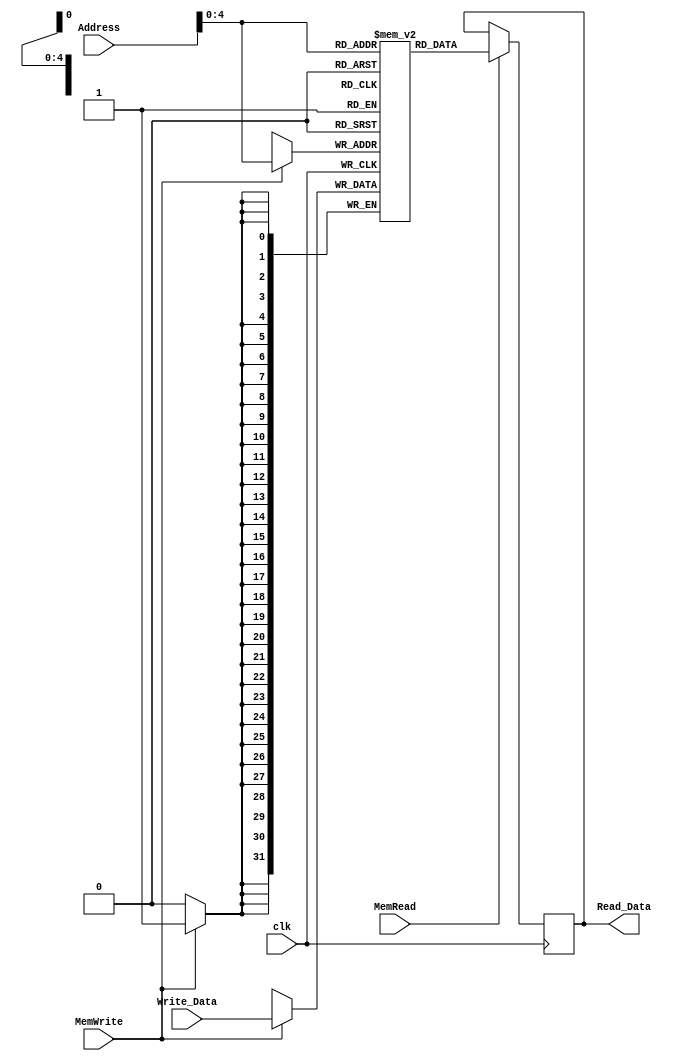
`timescale 1ns / 1ps
//////////////////////////////////////////////////////////////////////////////////
// Company: 
// Engineer: 
// 
// Design Name: 
// Module Name:    Mem 
// Project Name: 
// Target Devices: 
// Tool versions: 
// Description: 
//
// Dependencies: 
//
// Revision: 
// Revision 0.01 - File Created
// Additional Comments: 
//
//////////////////////////////////////////////////////////////////////////////////
module Mem(
	input [31 : 0] Address,
	input [31 : 0] Write_Data,
	input clk,
	input MemWrite, MemRead,
	output reg [31 : 0] Read_Data
    );
	reg 	[31:0] mem[0:31];	// stack pointer initialization depends on this
	
	integer i = 0;
		initial begin
			for(i = 0; i <= 31; i = i + 1) 
				mem[i] = 0;
		end
		
	always @ (posedge clk) 
		begin : MEM_WRITE
		   if ( MemWrite == 1 ) begin
			   mem[Address] = Write_Data;
		   end
		end

		// Memory Read Block 
		// Read Operation : When we = 0, oe = 1, cs = 1
	always @ (posedge clk)
		begin : MEM_READ
			if (MemRead ==1) begin
				 Read_Data = mem[Address];
			end
		end
endmodule